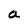
Character: a